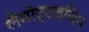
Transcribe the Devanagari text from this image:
लैमोट्राइजिन